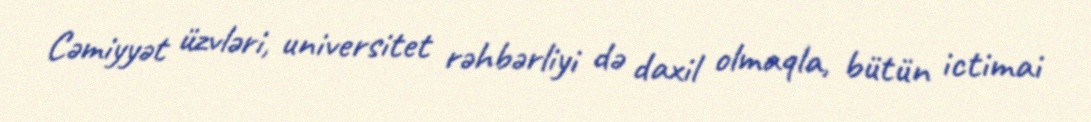
Cəmiyyət üzvləri, universitet rəhbərliyi də daxil olmaqla, bütün ictimai